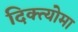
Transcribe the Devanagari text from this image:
दिक्त्योमा